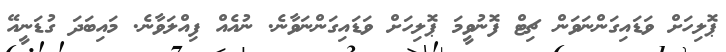
ޕޮލިހަށް ވަޑައިގަންނަވަން ޗިޓް ފޮނުވީމަ ޕޮލިހަށް ވަޑައިގަންނަވާނެ. ނުއެއް ފިއްލަވާނެ. މައިބަދަ ގުޑަނީއޭ